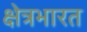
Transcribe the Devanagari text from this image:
क्षेत्रभारत